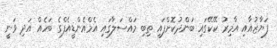
ފަޔާޒުއާއި އާމިރު ކޭކޭގައި ބަންދުކޮށްފައި ތިބި މައްސަލާގައި އެމްއެންޑީއެފްގެ ބަހެއް އަދި ވަނީ